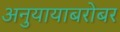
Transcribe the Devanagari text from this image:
अनुयायाबरोबर